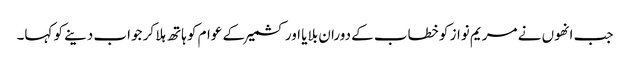
جب انھوں نے مریم نواز کو خطاب کے دوران بلایا اور کشمیر کے عوام کو ہاتھ ہلا کر جواب دینے کو کہا۔